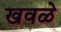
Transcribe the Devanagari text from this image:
खवळे